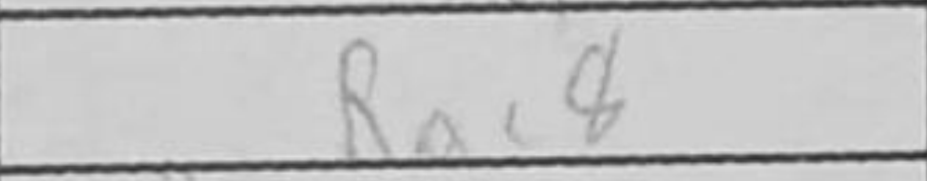
Transcription: Rac8